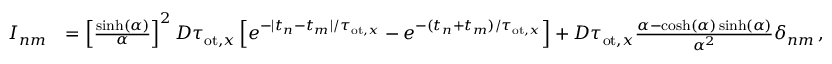
\begin{array} { r l } { I _ { n m } } & { = \left[ \frac { \sinh ( \alpha ) } { \alpha } \right] ^ { 2 } D \tau _ { \mathrm { o t } , x } \left[ e ^ { - | t _ { n } - t _ { m } | / \tau _ { \mathrm { o t } , x } } - e ^ { - ( t _ { n } + t _ { m } ) / \tau _ { \mathrm { o t } , x } } \right] + D \tau _ { \mathrm { o t } , x } \frac { \alpha - \cosh ( \alpha ) \sinh ( \alpha ) } { \alpha ^ { 2 } } \delta _ { n m } \, , } \end{array}